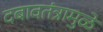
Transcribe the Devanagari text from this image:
दबावतंत्रामुळे